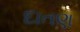
દાતણ